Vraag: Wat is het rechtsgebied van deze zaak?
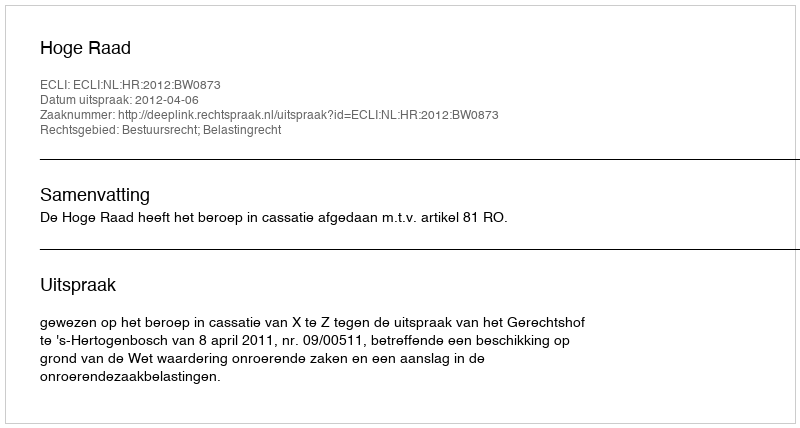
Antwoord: Bestuursrecht; Belastingrecht